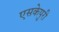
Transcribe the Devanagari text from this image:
एसकेपुरी